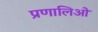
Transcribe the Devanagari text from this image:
प्रणालिओ